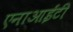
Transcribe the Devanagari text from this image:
एनाआईटी